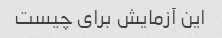
این آزمایش برای چیست